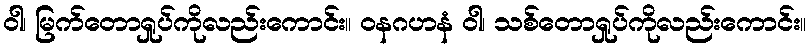
ဝါ၊ မြက်တောရှုပ်ကိုလည်းကောင်း။ ဝနဂဟနံ ဝါ၊ သစ်တောရှုပ်ကိုလည်းကောင်း။